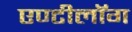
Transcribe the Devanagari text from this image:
एण्टीलॉग